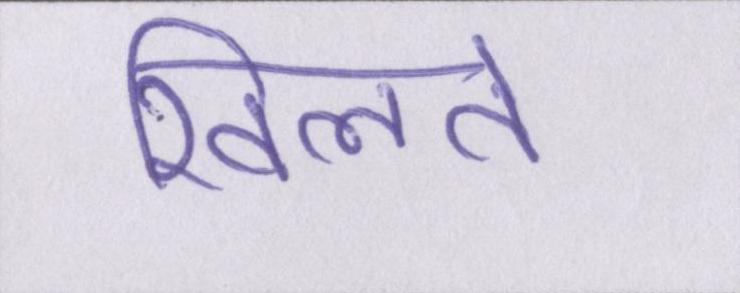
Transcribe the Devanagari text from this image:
खिलते